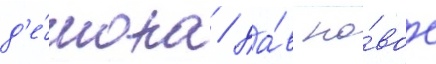
д'е́мона / да́в но́вое